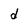
Character: d